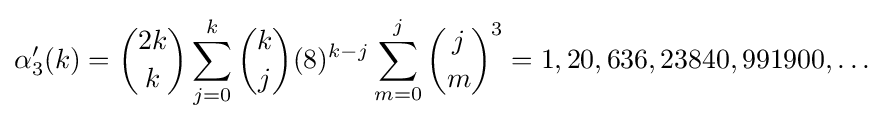
\alpha '_{3}(k)={\binom {2k}{k}}\sum _{j=0}^{k}{\binom {k}{j}}(8)^{k-j}\sum _{m=0}^{j}{\binom {j}{m}}^{3}=1,20,636,23840,991900,\ldots